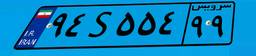
۲۹S۷۹۹۶۹